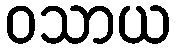
ဝသာယ